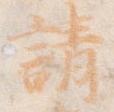
請